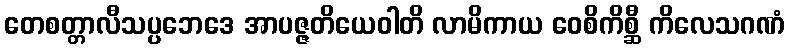
တေစတ္တာလီသပ္ပဘေဒေ အာပဇ္ဇတိယေဝါတိ လာမိကာယ ဝေစိကိစ္ဆီ ကိလေသဂဏံ